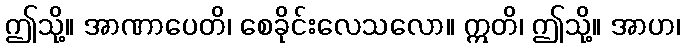
ဤသို့။ အာဏာပေတိ၊ စေခိုင်းလေသလော။ ဣတိ၊ ဤသို့။ အာဟ၊